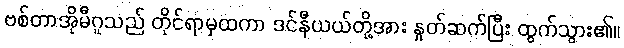
ဗစ်တာအိုမီဂူသည် တိုင်ရာမှထကာ ဒင်နီယယ်တို့အား နှုတ်ဆက်ပြီး ထွက်သွား၏။